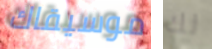
موسيقاك لك